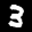
Label: 3